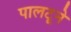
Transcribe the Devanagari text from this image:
पालटूने